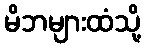
မိဘများထံသို့